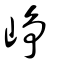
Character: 崢